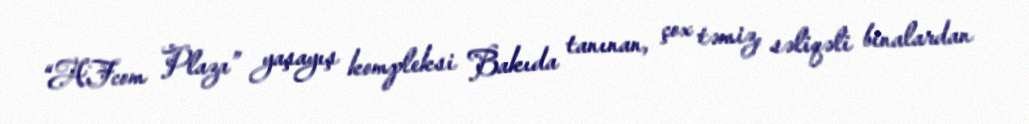
“AFcom Plaza” yaşayış kompleksi Bakıda tanınan, çox təmiz, səliqəli binalardan